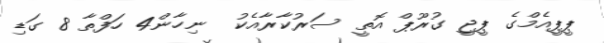
ޕީޕީއެމްގެ ޕީޖީ ގުރޫޕް އޮތީ ސަރުކާރާއެކު  ނިހާން4 ހަފްތާ 8 ގަޑި